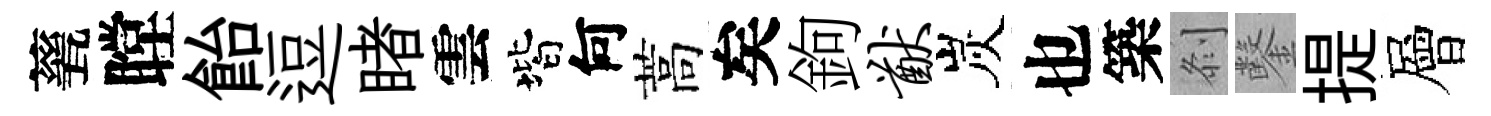
甆瞠飴逗睹雲階何蒿矣鉤猷炭也築𠛴鑿提層